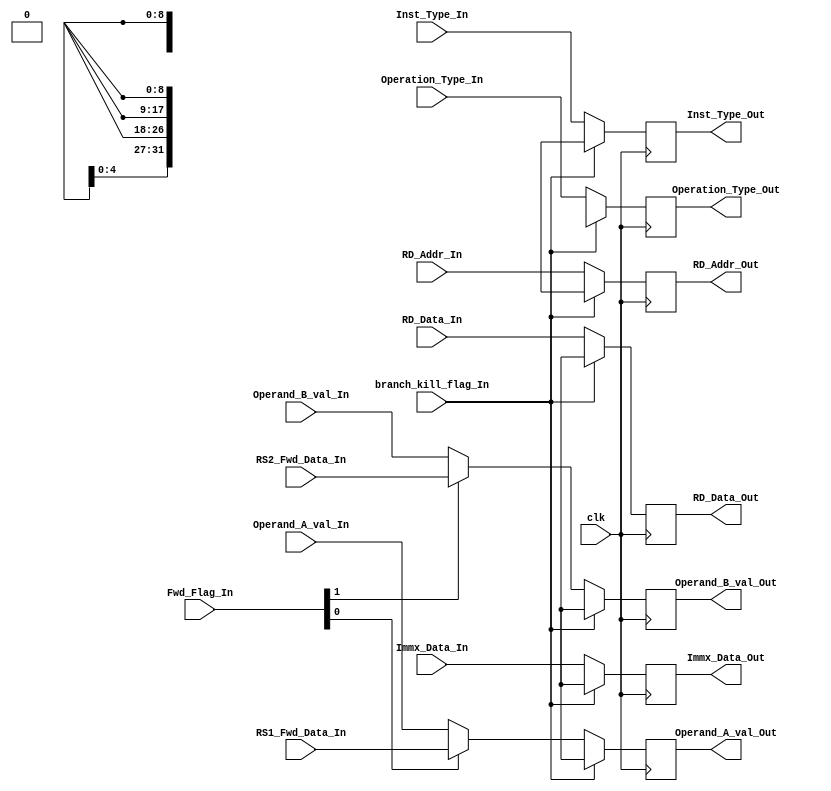
`timescale 1ns / 1ps
//////////////////////////////////////////////////////////////////////////////////
// Company: 
// Engineer: 
// 
// Design Name: 
// Module Name: ID_EX_reg
// Project Name: 
// Target Devices: 
// Tool Versions: 
// Description: 
// 
// Dependencies: 
// 
// Revision:
// Revision 0.01 - File Created
// Additional Comments:
// 
//////////////////////////////////////////////////////////////////////////////////


module ID_EX_reg(input clk,
                 input[31:0] Operand_A_val_In, //Operand A represents RS1
                 input[31:0] Operand_B_val_In, //Operand B represents RS2
                 input[31:0] RD_Data_In,
                 input[31:0] Immx_Data_In,
                 input[4:0] Inst_Type_In,
                 input branch_kill_flag_In,
                 input[4:0] RD_Addr_In,
                 input[1:0] Fwd_Flag_In,
                 input[31:0] RS1_Fwd_Data_In,
                 input[31:0] RS2_Fwd_Data_In,
                 input[9:0] Operation_Type_In,
                 output reg[31:0] Operand_A_val_Out,
                 output reg[31:0] Operand_B_val_Out,
                 output reg[31:0] RD_Data_Out,
                 output reg[31:0] Immx_Data_Out,
                 output reg[4:0] Inst_Type_Out,
                 output reg[9:0] Operation_Type_Out,
                 output reg[4:0] RD_Addr_Out
                );
    
    initial
    begin
        //Inst_Out <= 32'dx;
        Operand_A_val_Out <= 32'dx;
        Operand_B_val_Out <= 32'dx;
        RD_Data_Out <= 32'dx;
        Immx_Data_Out <= 32'dx;
        Inst_Type_Out <= 5'dx;
        RD_Addr_Out <= 5'dx;
        Operation_Type_Out <= 9'dx;
    end
    
    always@(posedge clk)
    begin
        // If a branch is taken, then the instructions in the fetch and the decode stage should to be killed.
        // Hence, these content aren't to be transmitte to the next stages.
        // To achieve this, an xx is being sent to the next stages. 
        if(branch_kill_flag_In == 1'd1)
        begin
            //Inst_Out <= 32'dx;
            Operand_A_val_Out <= 32'dx;
            Operand_B_val_Out <= 32'dx;
            Immx_Data_Out <= 32'dx;
            Inst_Type_Out <= 5'dx;
            RD_Addr_Out <= 5'dx; 
            Operation_Type_Out <= 9'dx;
            RD_Data_Out <= 32'dx;   
        end
        else
        begin
            //Inst_Out <= Inst_In;
            RD_Data_Out <= RD_Data_In;
            if(Fwd_Flag_In[0] == 1'b1)
                Operand_A_val_Out <= RS1_Fwd_Data_In;
            else
                Operand_A_val_Out <= Operand_A_val_In;
            if(Fwd_Flag_In[1] == 1'b1)
                Operand_B_val_Out <= RS2_Fwd_Data_In;
            else
                Operand_B_val_Out <= Operand_B_val_In;
            Immx_Data_Out <= Immx_Data_In;
            Inst_Type_Out <= Inst_Type_In;
            RD_Addr_Out <= RD_Addr_In;
            Operation_Type_Out <= Operation_Type_In;
        end
        
    end
    
endmodule